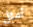
امثل